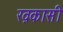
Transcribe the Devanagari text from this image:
ख़कासी